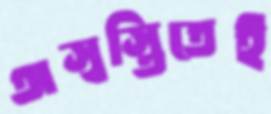
অস্বস্তিতেই